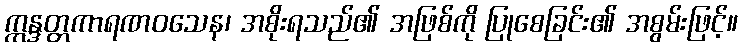
ဣန္ဒတ္တကာရဏဝသေန၊ အစိုးရသည်၏ အဖြစ်ကို ပြုစေခြင်း၏ အစွမ်းဖြင့်။